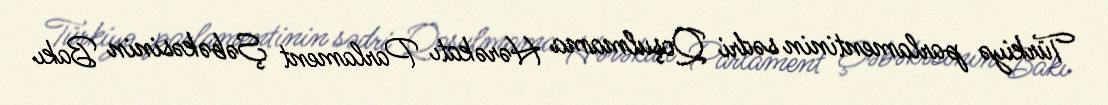
Türkiyə parlamentinin sədri Qoşulmama Hərəkatı Parlament Şəbəkəsinin Bakı